Indian journal of veterinary science and animal husbandry - Volume 5,
Year: 1935
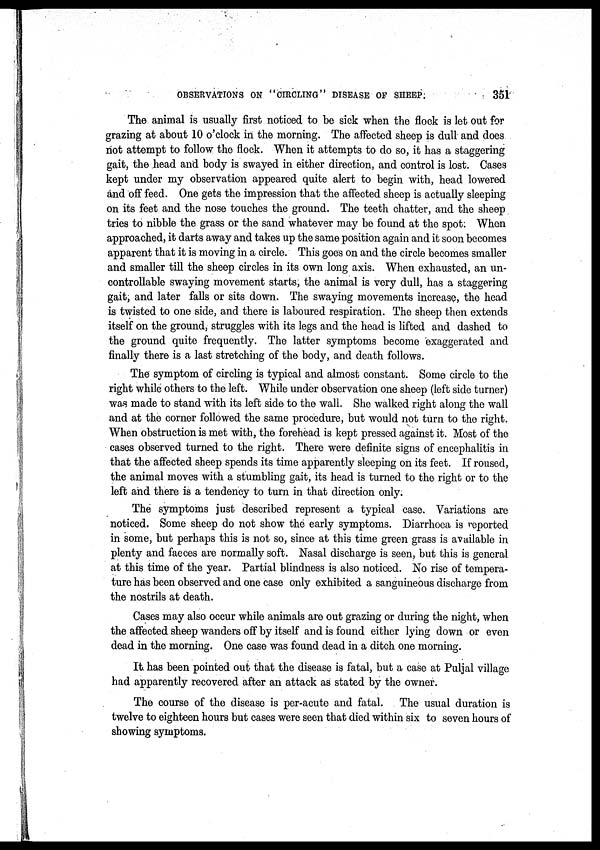
OBSERVATIONS ON "CIRCLING" DISEASE OF
SHEEP.
351
The animal is usually first noticed to be sick when the flock is let out for
grazing at about 10 o'clock in the morning. The affected sheep is dull and does
not attempt to follow the flock. When it attempts to do so, it has a staggering
gait, the head and body is swayed in either direction, and control is lost. Cases
kept under my observation appeared quite alert to begin with, head lowered
and off feed. One gets the impression that the affected sheep is actually sleeping
on its feet and the nose touches the ground. The teeth chatter, and the sheep
tries to nibble the grass or the sand whatever may be found at the spot. When
approached, it darts away and takes up the same position again and it soon becomes
apparent that it is moving in a circle. This goes on and the circle becomes smaller
and smaller till the sheep circles in its own long axis. When exhausted, an un-
controllable swaying movement starts, the animal is very dull, has a staggering
gait, and later falls or sits down. The swaying movements increase, the head
is twisted to one side, and there is laboured respiration. The sheep then extends
itself on the ground, struggles with its legs and the head is lifted and dashed to
the ground quite frequently. The latter symptoms become exaggerated and
finally there is a last stretching of the body, and death follows.
The symptom of circling is typical and almost constant. Some circle to the
right while others to the left. While under observation one sheep (left side turner)
was made to stand with its left side to the wall. She walked right along the wall
and at the corner followed the same procedure, but would not turn to the right.
When obstruction is met with, the forehead is kept pressed against it. Most of the
cases observed turned to the right. There were definite signs of encephalitis in
that the affected sheep spends its time apparently sleeping on its feet. If roused,
the animal moves with a stumbling gait, its head is turned to the right or to the
left and there is a tendency to turn in that direction only.
The symptoms just described represent a typical case. Variations are
noticed. Some sheep do not show the early symptoms. Diarrhoea is reported
in some, but perhaps this is not so, since at this time green grass is available in
plenty and faeces are normally soft. Nasal discharge is seen, but this is general
at this time of the year. Partial blindness is also noticed. No rise of tempera-
ture has been observed and one case only exhibited a sanguineous discharge from
the nostrils at death.
Cases may also occur while animals are out grazing or during the night, when
the affected sheep wanders off by itself and is found either lying down or even
dead in the morning. One case was found dead in a ditch one morning.
It has been pointed out that the disease is fatal, but a case at Puljal village
had apparently recovered after an attack as stated by the owner.
The course of the disease is per-acute and fatal.
The usual duration is
twelve to eighteen hours but cases were seen that died within six to seven hours of
showing symptoms.